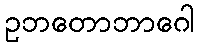
ဥဘတောဘာဂေါ